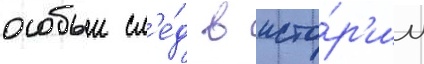
особыи сл'е́д в исто́р'ии